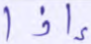
إذا